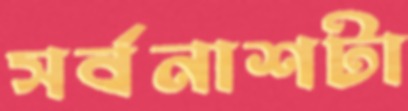
সর্বনাশটা